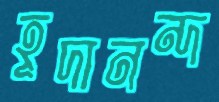
হূদানন্দ